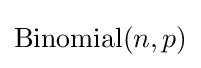
\mathrm {Binomial} (n,p)